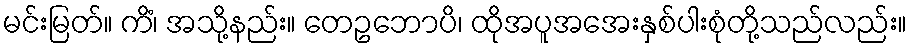
မင်းမြတ်။ ကိံ၊ အသို့နည်း။ တေဥဘောပိ၊ ထိုအပူအအေးနှစ်ပါးစုံတို့သည်လည်း။